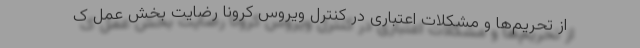
از تحریم‌ها و مشکلات اعتباری در کنترل ویروس کرونا رضایت بخش عمل ک